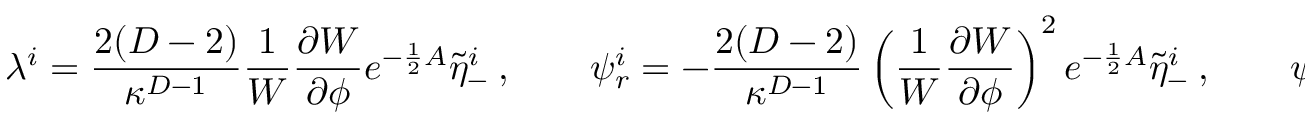
\lambda ^ { i } = { \frac { 2 ( D - 2 ) } { \kappa ^ { D - 1 } } } { \frac { 1 } { W } } { \frac { \partial W } { \partial \phi } } e ^ { - { \frac { 1 } { 2 } } A } \tilde { \eta } _ { - } ^ { i } \ , \qquad \psi _ { r } ^ { i } = - { \frac { 2 ( D - 2 ) } { \kappa ^ { D - 1 } } } \left( { \frac { 1 } { W } } { \frac { \partial W } { \partial \phi } } \right) ^ { 2 } e ^ { - { \frac { 1 } { 2 } } A } \tilde { \eta } _ { - } ^ { i } \ , \qquad \psi _ { \mu } ^ { i } = 0 \ .